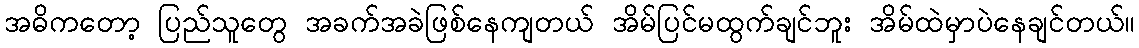
အဓိကတော့ ပြည်သူတွေ အခက်အခဲဖြစ်နေကျတယ် အိမ်ပြင်မထွက်ချင်ဘူး အိမ်ထဲမှာပဲနေချင်တယ်။